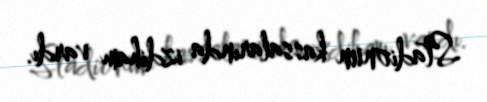
Stadionun kassalarında izdiham vardı.